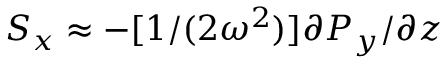
S _ { x } \approx - [ 1 / ( 2 \omega ^ { 2 } ) ] \partial P _ { y } / \partial z